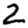
Digit: 2